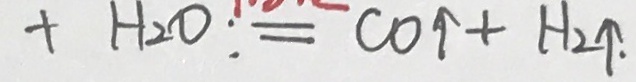
+ H _ { 2 } O : = C O \uparrow + H _ { 2 } \uparrow \cdot